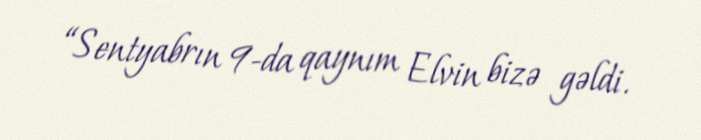
“Sentyabrın 9-da qaynım Elvin bizə gəldi.